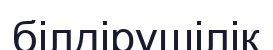
білдірушілік